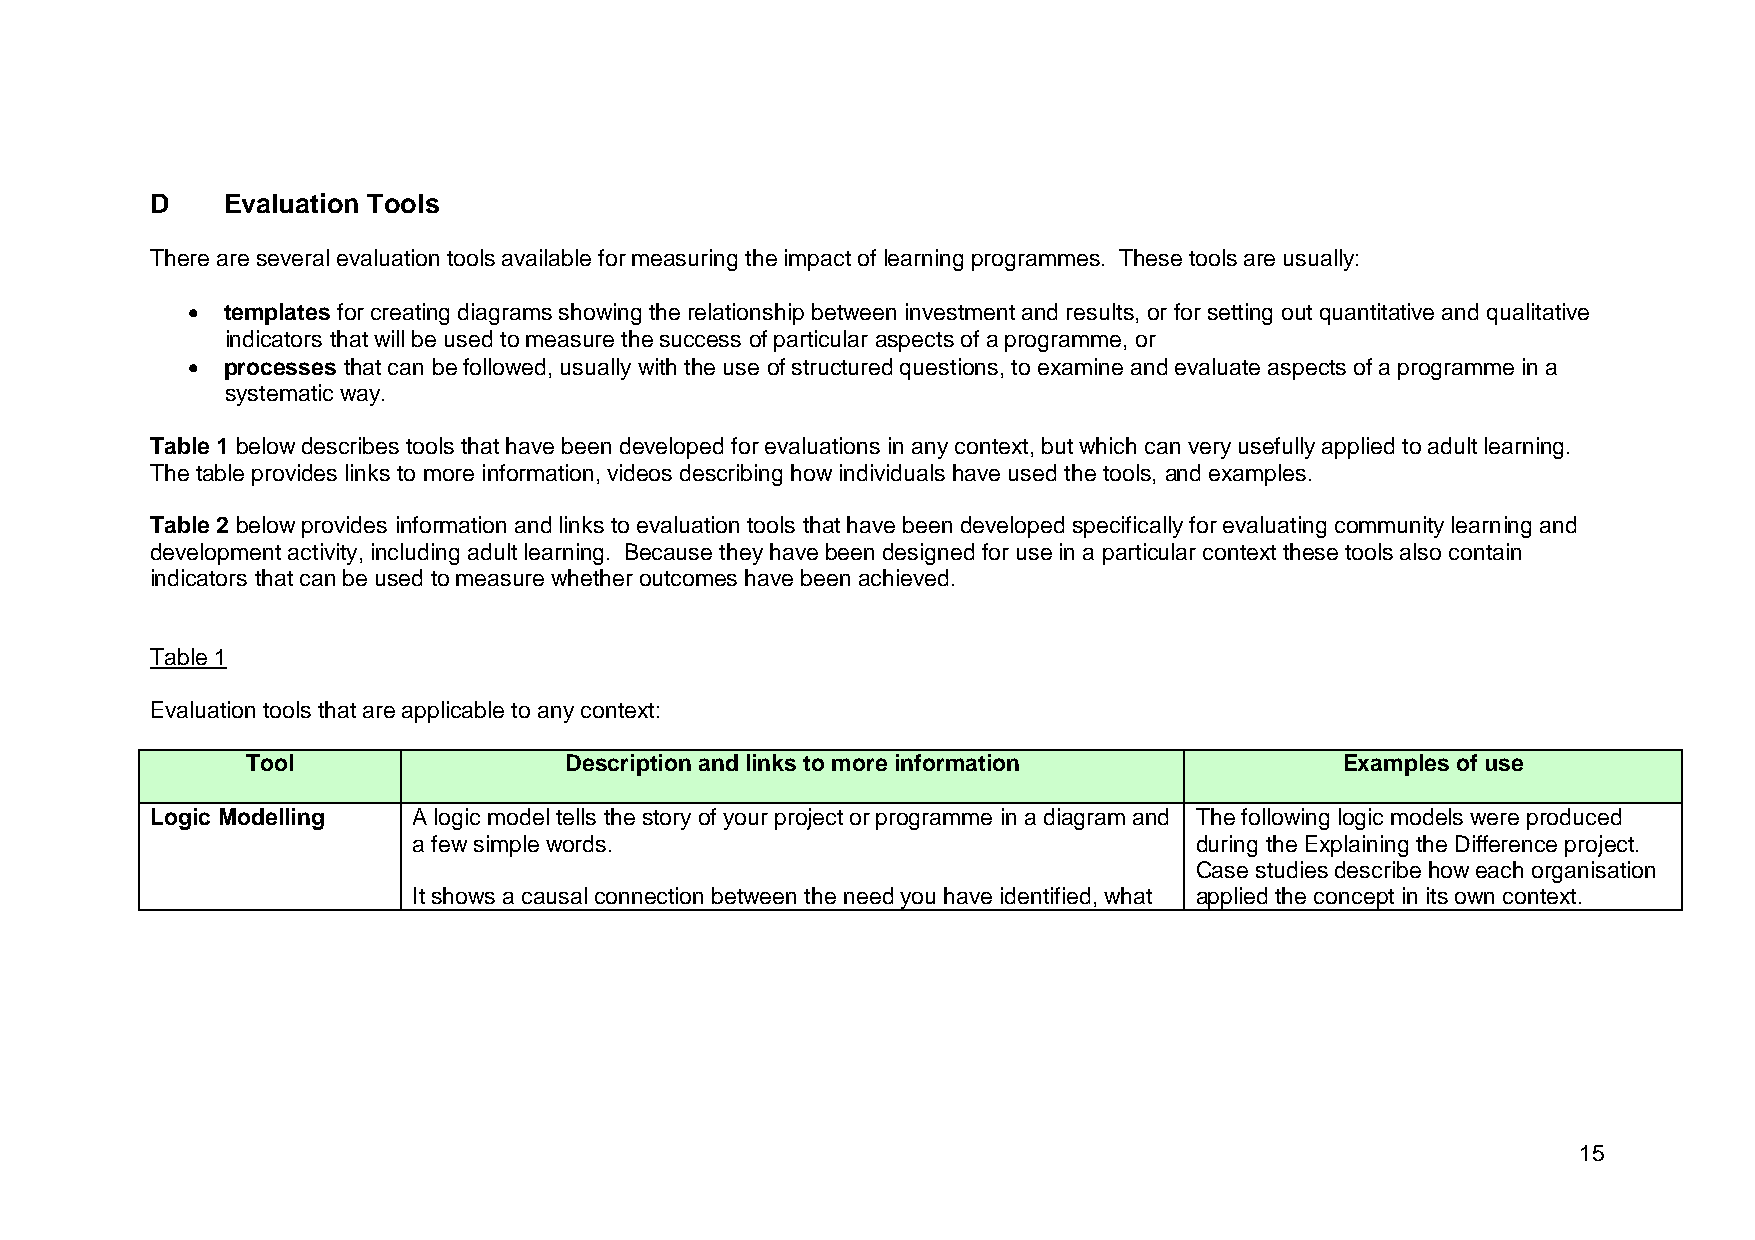
D    Evaluation Tools
 There are several evaluation tools available for measuring the impact of learning programmes. These tools are usually:
   templates for creating diagrams showing the relationship between investment and results, or for setting out quantitative and qualitative
 indicators that will be used to measure the success of particular aspects of a programme, or
   processes that can be followed, usually with the use of structured questions, to examine and evaluate aspects of a programme in a
 systematic way.
 Table 1 below describes tools that have been developed for evaluations in any context, but which can very usefully applied to adult learning.
 The table provides links to more information, videos describing how individuals have used the tools, and examples.
 Table 2 below provides information and links to evaluation tools that have been developed specifically for evaluating community learning and
 development activity, including adult learning. Because they have been designed for use in a particular context these tools also contain
 indicators that can be used to measure whether outcomes have been achieved.
 Table 1
 Evaluation tools that are applicable to any context:
 Tool                 Description and links to more information           Examples of use
 Logic Modelling  A logic model tells the story of your project or programme in a diagram and The following logic models were produced
 a few simple words.                                 during the Explaining the Difference project.
 Case studies describe how each organisation
 It shows a causal connection between the need you have identified, what applied the concept in its own context.
 15